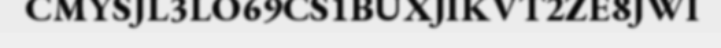
CMYSJL3LO69CS1BUXJIKVT2ZE8JWI